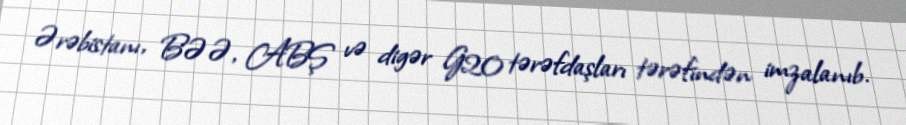
Ərəbistanı, BƏƏ, ABŞ və digər G20 tərəfdaşları tərəfindən imzalanıb.